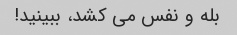
بله و نفس می کشد، ببینید!